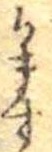
かます